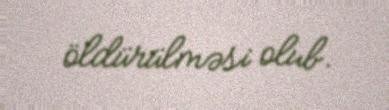
öldürülməsi olub.